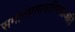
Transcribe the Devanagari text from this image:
समानप्रसावात्मिकाजाति